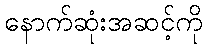
နောက်ဆုံးအဆင့်ကို